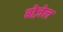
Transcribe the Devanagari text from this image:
बोज़ेल